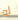
له